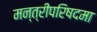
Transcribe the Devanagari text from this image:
मन्त्रीपरिषदमा